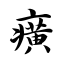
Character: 癀